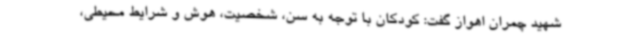
شهید چمران اهواز گفت: کودکان با توجه به سن، شخصیت، هوش و شرایط محیطی،